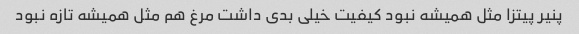
پنیر پیتزا مثل همیشه نبود کیفیت خیلی بدی داشت مرغ هم مثل همیشه تازه نبود